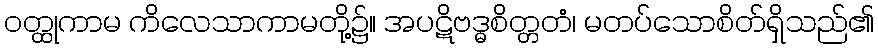
ဝတ္ထုကာမ ကိလေသာကာမတို့၌။ အပဋိဗဒ္ဓစိတ္တတံ၊ မတပ်သောစိတ်ရှိသည်၏